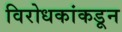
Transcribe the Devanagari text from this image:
विरोधकांकडून